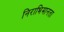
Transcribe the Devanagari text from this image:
निराभिमानता